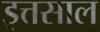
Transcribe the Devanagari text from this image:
इत्तसाल